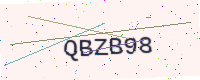
Text: QBZB98